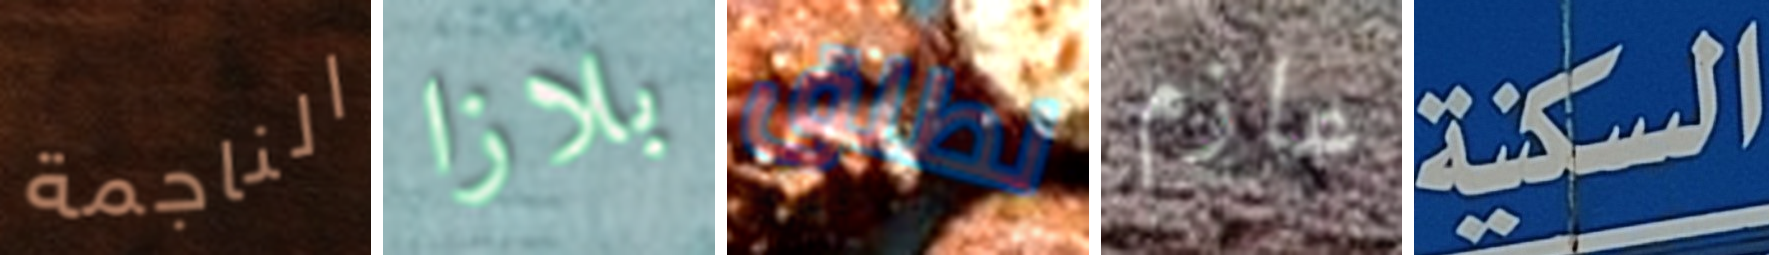
الناجمة بلازا نطلق عازم السكنية